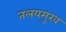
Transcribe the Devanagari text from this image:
तलयमुख